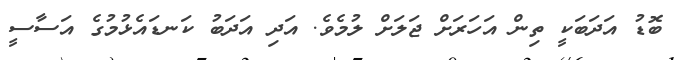
ބޮޑު އަދަބަކީ ތިން އަހަރަށް ޖަލަށް ލުމެވެ. އަދި އަދަބު ކަނޑައެޅުމުގެ އަސާސީ